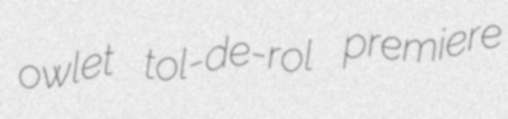
owlet tol-de-rol premiere